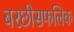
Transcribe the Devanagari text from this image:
बरछीसफलिक